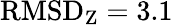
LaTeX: \mathrm{RMSD}_{\mathrm{Z}}=3.1